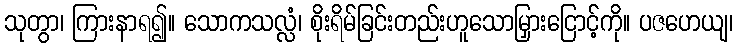
သုတွာ၊ ကြားနာရ၍။ သောကသလ္လံ၊ စိုးရိမ်ခြင်းတည်းဟူသောမြှားငြောင့်ကို။ ပဇဟေယျ၊